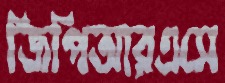
জিপিআরএসে